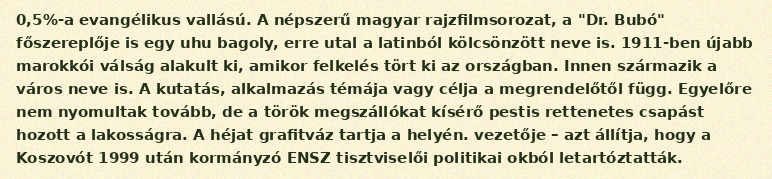
0,5%-a evangélikus vallású. A népszerű magyar rajzfilmsorozat, a "Dr. Bubó" főszereplője is egy uhu bagoly, erre utal a latinból kölcsönzött neve is. 1911-ben újabb marokkói válság alakult ki, amikor felkelés tört ki az országban. Innen származik a város neve is. A kutatás, alkalmazás témája vagy célja a megrendelőtől függ. Egyelőre nem nyomultak tovább, de a török megszállókat kísérő pestis rettenetes csapást hozott a lakosságra. A héjat grafitváz tartja a helyén. vezetője – azt állítja, hogy a Koszovót 1999 után kormányzó ENSZ tisztviselői politikai okból letartóztatták.